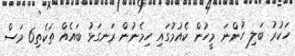
ހަކުރު ބަލި ހުންނަ މީހުން ކެއުމުގައި ހިމެނުން ރަނގަޅު ބައެއް ތަކެތި6 މަސް